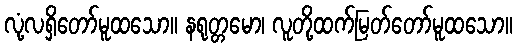
လုံ့လရှိတော်မူထသော။ နရုတ္တမော၊ လူတို့ထက်မြတ်တော်မူထသော။